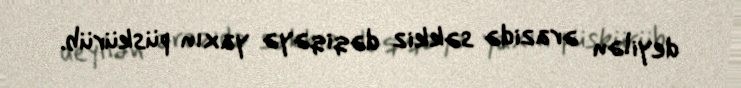
deyilən ərazidə səkkiz dəqiqəyə yaxın püskürüb.